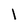
Character: l